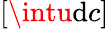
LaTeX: [\intu\mathrm{d}c]